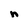
Character: n